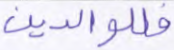
فللوالدين